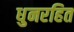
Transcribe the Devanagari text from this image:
धुनरहित